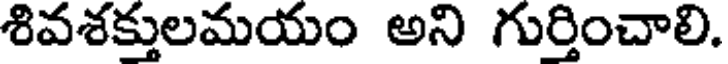
శివశక్తులమయం అని గుర్తించాలి.